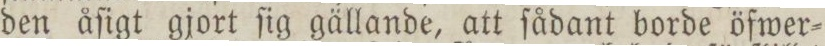
den åſigt gjort ſig gällande, att ſådant borde öfwer=